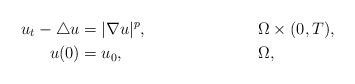
LaTeX: \begin{align*}u_t-\triangle u&=|\nabla u|^p, &&\Omega\times(0,T),\\u(0)&=u_0, &&\Omega,\end{align*}